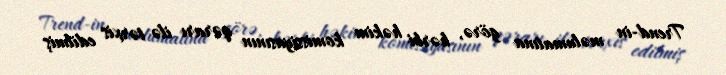
Trend-in məlumatına görə, hərbi həkim komissiyasının qərarı ilə tərxis edilmiş